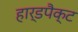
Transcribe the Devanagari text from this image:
हार्डपैक्ट